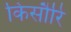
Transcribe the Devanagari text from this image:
किसौरि